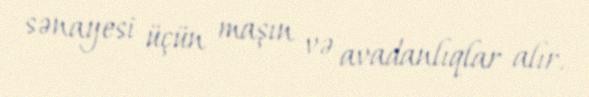
sənayesi üçün maşın və avadanlıqlar alır.